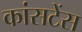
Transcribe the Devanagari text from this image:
कांसटेंस